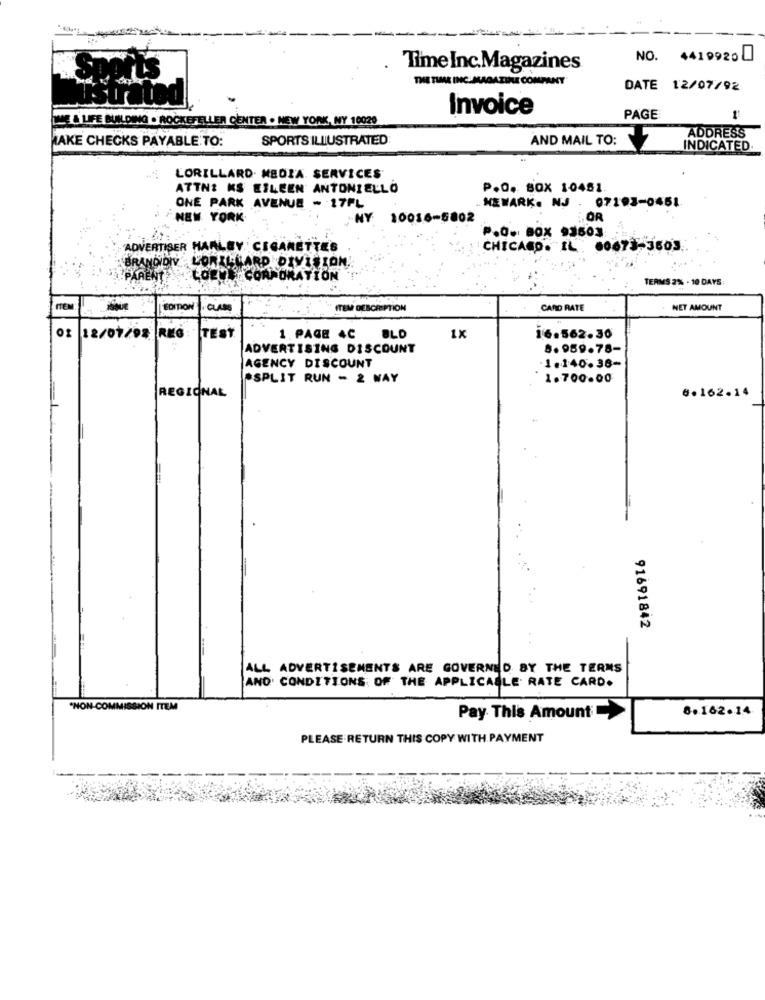
NO. 4419920
Time Inc.Magazines
THE TIME INC.MAGAZINE COMPANY
DATE 12/07/92
Invoice
LIME & LIFE BUILDING . ROCKEFELLER CENTER . NEW YORK, NY 10029
PAGE
MAKE CHECKS PAYABLE TO:
SPORTS ILLUSTRATED
AND MAIL TO:
ADDRESS
INDICATED.
LORILLARD. MEDIA. SERVICES
ATTN: KS EILEEN ANTONIELLO
P.O. Box 10481.
07193-0451
ONE PARK AVENUE - 17PL
. NEWARK. NJ
NEW YORK
NY 10016-5802
OR
P.O. BOX 93503
ADVERTISER HARLEY CIGARETTES
CHICAGO. IL: 60673-3503
BRAND DIV
LORILLARD DIVISION!
PARENT:
LOEWE CORPORATION
TERMS 2% - 10 DAYS
ITEM
EDITION
ITEM DESCRIPTION
CARD RATE
NET AMOUNT
12/07/92 REG:
TEST
1 PAGE 4C
BLD
1x
16.562.30
ADVERTISING DISCOUNT
8. 959.78-
AGENCY DISCOUNT
1.140.38-
ASPLIT RUN - 2 WAY
1.700.00
REGIONAL
6.162.14
91691842
ALL ADVERTISEMENTS ARE GOVERNED BY THE TERMS
AND CONDITIONS OF THE APPLICABLE RATE CARD.
"NON-COMMISSION ITEM
8.162.14
Pay This Amount
PLEASE RETURN THIS COPY WITH PAYMENT